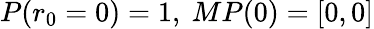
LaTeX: P(r_{0}=0)=1,\ MP(0)=[0,0]